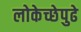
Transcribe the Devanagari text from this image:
लोकेच्छेपुढे